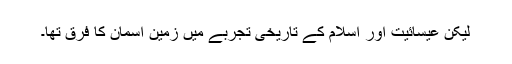
لیکن عیسائیت اور اسلام کے تاریخی تجربے میں زمین آسمان کا فرق تھا۔